Annual report on the mental hospital in the Central Provinces and Berar (Nagpur) - 1927-1951
Year: 1927
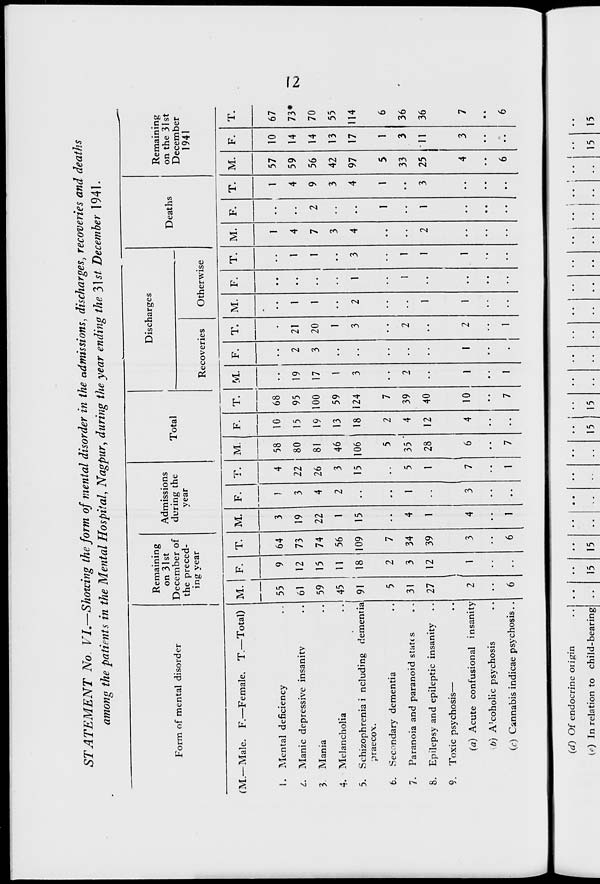
STATEMENT No VI.—Showing the form of mental disorder in the admissions, discharges, recoveries and deaths
among the patients in the Mental Hospital, Nagpur, during the year ending the 3\st December 1941.
Form of mental disorder
Remaining
on 31st
December of
Ad
du
missions
rine the
Total
Discharges
Deaths
Remaining
on the 31 st
the preced-
ing year
year
Recoveries
Otherwise
December
1941
(M.—Male. F.—Female. T— Total) M.
55
61
59
45
91
5
31
27
2
6
F. T. M.
3
19
22
1
15
4
1
4
1
F.
i
3
4
2
1
3
T.
4
22
26
3
15
5
1
7
1
M. F. T.
68
95
100
59
124
7
39
40
10
7
M.
19
17
1
3
2
1
1
F.
2
3
1
* 1
T.
21
20
1
3
2
2
1
M.
1
1
2
1
1
F.
1
1
T.
1
1
3
1
1
1
M.
1
4
7
3
4
2
F.
2
1
1
T.
1
4
9
3
4
1
3
M.
57
59
56
42
97
5
33
25
4
6
F.
10
14
14
13
17
1
3
11
3
T.
1. Mental deficiency
L. Manic depressive insanitv
3 Mania
4. Melancholia
5. Schizophrenia i ncluding dementia
praecox.
6. Secondary dementia
7. Paranoia and paranoid states
8. Epilepsy and epileptic insanity
9. Toxic psychosis—
(a) Acute confusional insanity
b) A'coholic psychosis
(c) Cannabis indicae psychosis. .
9
12
15
11
18
2
3
12
I
1
64
73
74
56
109
7
34
39
3
6
58
80
81
46
106
5
35'
28
6
7
10
15
19
13
18
2
4
12
4
67
73*
70
55
114
6
36
36
7
6
Ki
(d) Of endocrine origin
(e) In relation to child-bearing
15 15
15 1 15
15 15